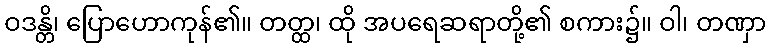
ဝဒန္တိ၊ ပြောဟောကုန်၏။ တတ္ထ၊ ထို အပရေဆရာတို့၏ စကား၌။ ဝါ၊ တဏှာ